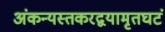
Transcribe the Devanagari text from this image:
अंकन्यस्तकरद्वयामृतघटं